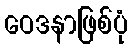
ဝေဒနာဖြစ်ပုံ